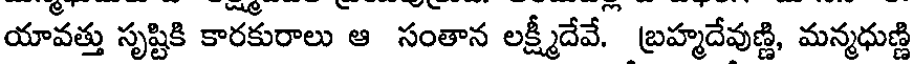
యావత్తు సృష్టికి కారకురాలు ఆ సంతాన లక్ష్మీదేవే. బ్రహ్మదేవుణ్ణి, మన్మధుణ్ణి